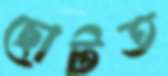
ছোটত